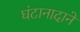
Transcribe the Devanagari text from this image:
घंटानादाने